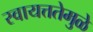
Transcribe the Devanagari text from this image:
स्वायत्ततेमुळे